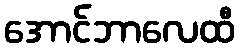
အောင်ဘာလေထီ